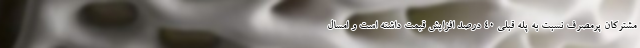
مشترکان پرمصرف نسبت به پله قبلی 40 درصد افزایش قیمت داشته است و امسال